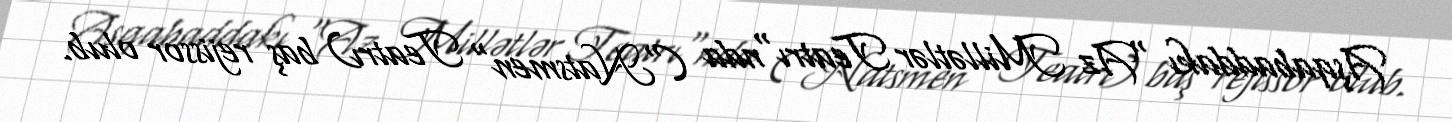
Aşqabaddakı "Az Millətlər Teatrı"nda ("Natsmen" Teatrı) baş rejissor olub.